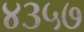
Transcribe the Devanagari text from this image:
४३५७